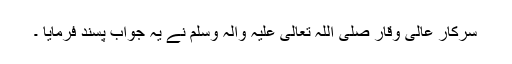
سرکارِ عالی وقار صَلَّی اللہُ تَعَالٰی عَلَیْہِ وَاٰلِہٖ وَسَلَّمَ نے یہ جواب پسند فرمایا ۔